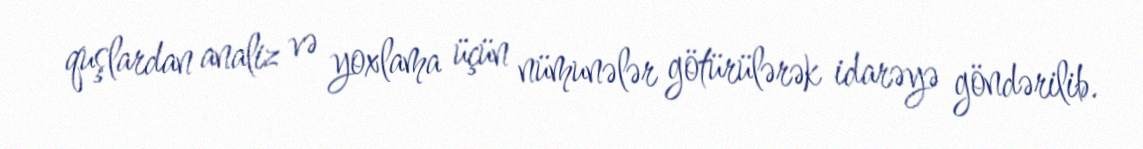
quşlardan analiz və yoxlama üçün nümunələr götürülərək idarəyə göndərilib.